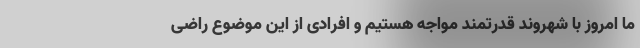
ما امروز با شهروند قدرتمند مواجه هستیم و افرادی از این موضوع راضی